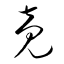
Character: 竟